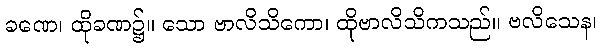
ခဏေ၊ ထိုခဏ၌။ သော ဗာလိသိကော၊ ထိုဗာလိသိကသည်။ ဗလိသေန၊